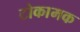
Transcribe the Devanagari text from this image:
टोकामक